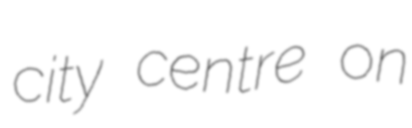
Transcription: city centre on